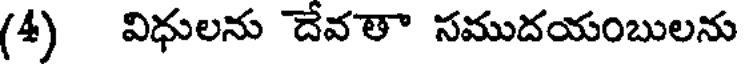
(4) విధులను దేవతా సముదయంబులను